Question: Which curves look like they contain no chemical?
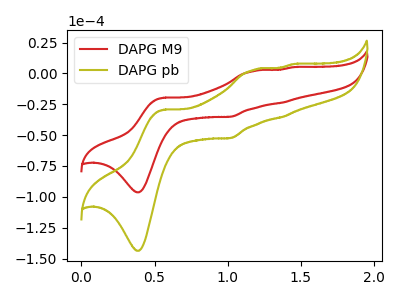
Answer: <think>The red curve "DAPG M9" has anodic peaks at (0.55V, -19.75uA) (1.20V, 2.00uA) (1.35V, -23.75uA) (1.45V, 4.95uA) and cathodic peaks at (0.40V, -96.35uA) (1.00V, -35.15uA). The olive curve "DAPG pb" has anodic peaks at (0.55V, -29.45uA) (1.20V, 2.95uA) (1.35V, -35.45uA) (1.45V, 7.40uA) and cathodic peaks at (0.40V, -143.70uA) (1.00V, -52.45uA).</think>
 <answer>There are not any CV's on this graph that are likely to be blanks.</answer>
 <eval>none</eval>